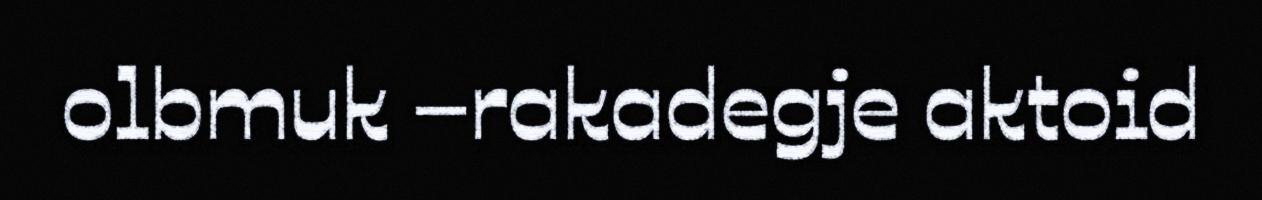
olbmuk –rakadegje aktoid